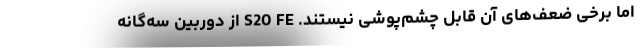
اما برخی ضعف‌های آن قابل‌ چشم‌پوشی نیستند. S20 FE از دوربین سه‌گانه